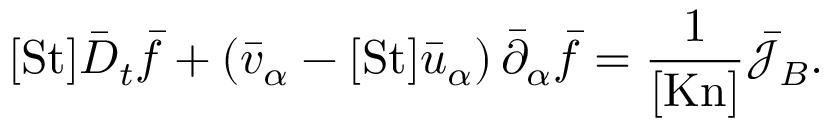
[ \mathrm { S t } ] \bar { D } _ { t } \bar { f } + \left( \bar { v } _ { \alpha } - [ \mathrm { S t } ] \bar { u } _ { \alpha } \right) \bar { \partial } _ { \alpha } \bar { f } = \frac { 1 } { [ \mathrm { K n } ] } \bar { \mathcal { J } } _ { B } .